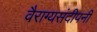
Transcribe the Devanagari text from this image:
वैराग्यसंदीपनी